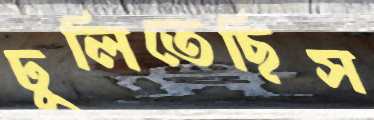
ঢুলিতেছিস